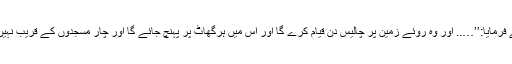
چنانچہ انہوں نے روایت کیا کہ رسول اکرم صلی اللہ علیہ وسلم نے فرمایا:’’….. اور وہ روئے زمین پر چالیس دن قیام کرے گا اور اس میں ہرگھاٹ پر پہنچ جائے گا اور چار مسجدوں کے قریب نہیں جائے گا:مسجد حرام، مسجد نبوی، مسجد طور اور مسجد اقصی‘‘۔